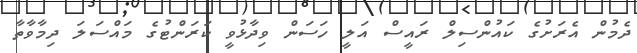
ދެމުން އެރަށުގެ ކައުންސިލް ރައީސް އަލީ ހަސަން ވިދާޅުވީ ކަރަންޓުގެ މައްސަލަ ދިމާވާތާ